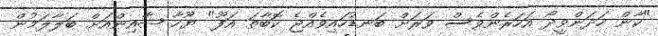
"ކާން ހަދަންވީދޯ އަހަރެންވެސް ވަރަށް ބަނޑުހައިވެއްޖެ ކޮބާތަ އަފޫ" ޔޫހާ ޝާއިންއަށް ބަލާލަމުން